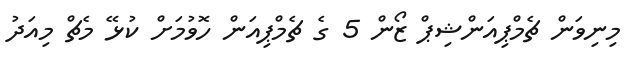
މިނިވަން ޗެމްޕިއަންޝިޕް ޒޯން 5 ގެ ޗެމްޕިއަން ހޮވުމަށް ކުޅޭ މެޗް މިއަދު